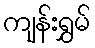
ကျန်းရွှမ်